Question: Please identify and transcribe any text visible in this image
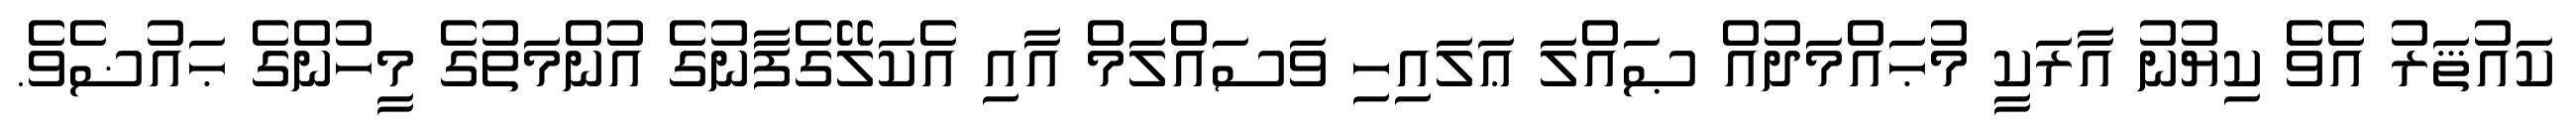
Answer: ކައުޘަރު އެވެ ކިޔުނު އާރަކީ މުޙައްމަދުއް ޞައްލަ ޢަލައިހި ވަސައްލަމް އާއި އެކަލޭގެފާނުގެ އުންމަތުގެ މީހުންގެ ޙައުޟެވެ.